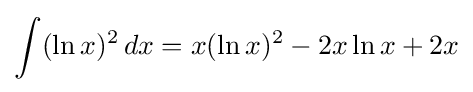
\int (\ln x)^{2}\,dx=x(\ln x)^{2}-2x\ln x+2x